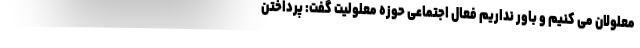
معلولان می کنیم و باور نداریم فعال اجتماعی حوزه معلولیت گفت: پرداختن